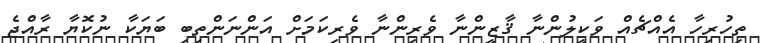
ތިހުރިހާ އެއްޗެއް ވަކީލުންނާ ޤާޒީންނާ ވެރިންނާ ވެރިކަމަށް އަންނަންތިބި ބަޔަކާ ނުކޮޔާ ރާއްޖެ